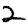
Digit: 2